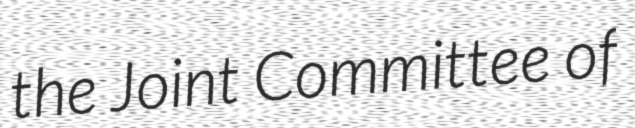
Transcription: the Joint Committee of